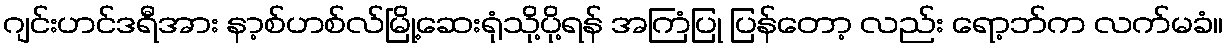
ဂျင်းဟင်ဒရီအား နာ့စ်ဟစ်လ်မြို့ဆေးရုံသို့ပို့ရန် အကြံပြု ပြန်တော့ လည်း ရော့ဘ်က လက်မခံ။